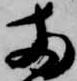
両